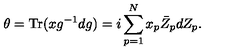
\theta = \mathrm { T r } ( x g ^ { - 1 } d g ) = i \sum _ { p = 1 } ^ { N } x _ { p } \bar { Z } _ { p } d Z _ { p } .